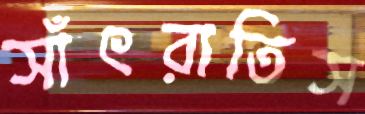
সাঁৎরাতিস